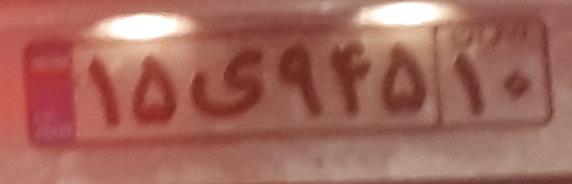
۱۵ی۹۴۵۱۰